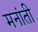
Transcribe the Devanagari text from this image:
मनांती